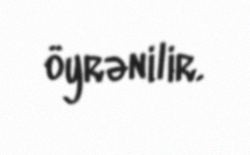
öyrənilir.